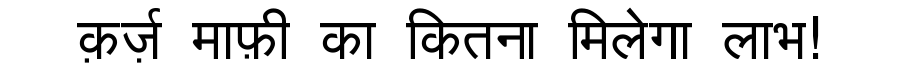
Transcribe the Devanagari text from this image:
क़र्ज़ माफ़ी का कितना मिलेगा लाभ!